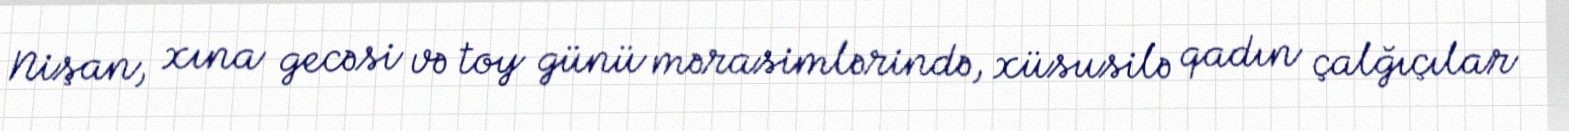
Nişan, xına gecəsi və toy günü mərasimlərində, xüsusilə qadın çalğıçılar